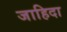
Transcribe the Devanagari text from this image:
जाहिदा